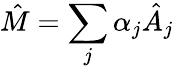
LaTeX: \hat{M}=\sum_{j}\alpha_{j}\hat{A}_{j}